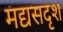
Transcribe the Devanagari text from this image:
मद्यसदृश